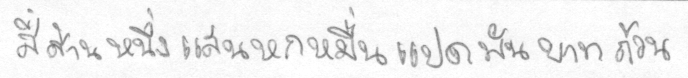
สี่ล้านหนึ่งแสนหกหมื่นแปดพันบาทถ้วน